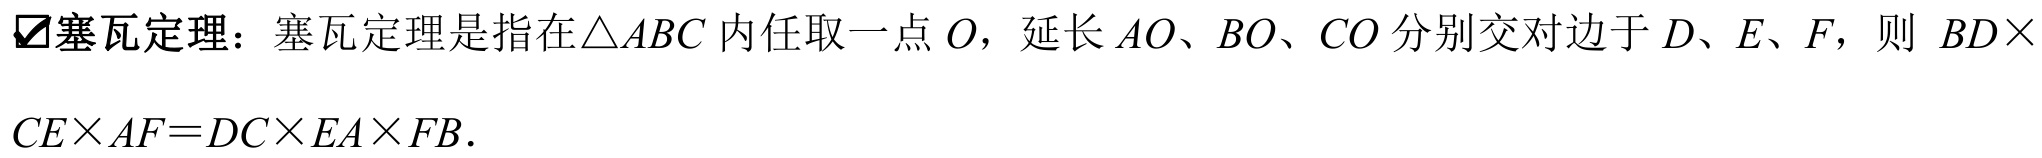
塞瓦定理：塞瓦定理是指在\(\triangle ABC\)内任取一点\(O\)，延长 \(AO\)、\(BO\)、\(CO\) 分别交对边于 \(D\)、\(E\)、\(F\)，则 \(BD\times CE\times AF = DC\times EA\times FB\)．